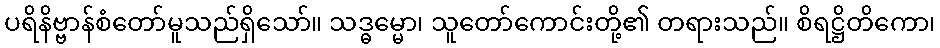
ပရိနိဗ္ဗာန်စံတော်မူသည်ရှိသော်။ သဒ္ဓမ္မော၊ သူတော်ကောင်းတို့၏ တရားသည်။ စိရဋ္ဌိတိကော၊